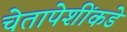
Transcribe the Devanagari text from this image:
चेतापेशींकडे